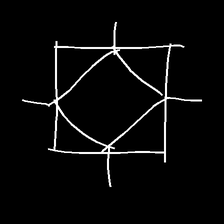
Glyph: light